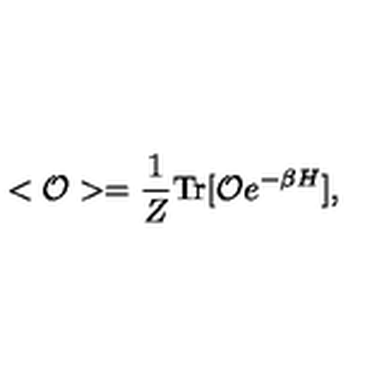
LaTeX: < { \cal O } > = \frac { 1 } { Z } \mathrm { T r } [ { \cal O } e ^ { - \beta H } ] ,